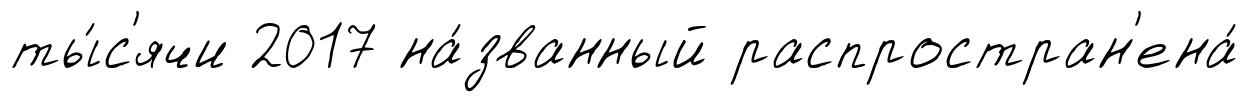
ты́с'ячи 2017 на́званный распростран'ена́